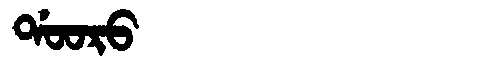
Manchu: ᡩᠣᠣᡵᠣ
Romanization: DOORO